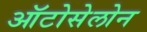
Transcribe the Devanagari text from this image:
ऑटोसेलोन